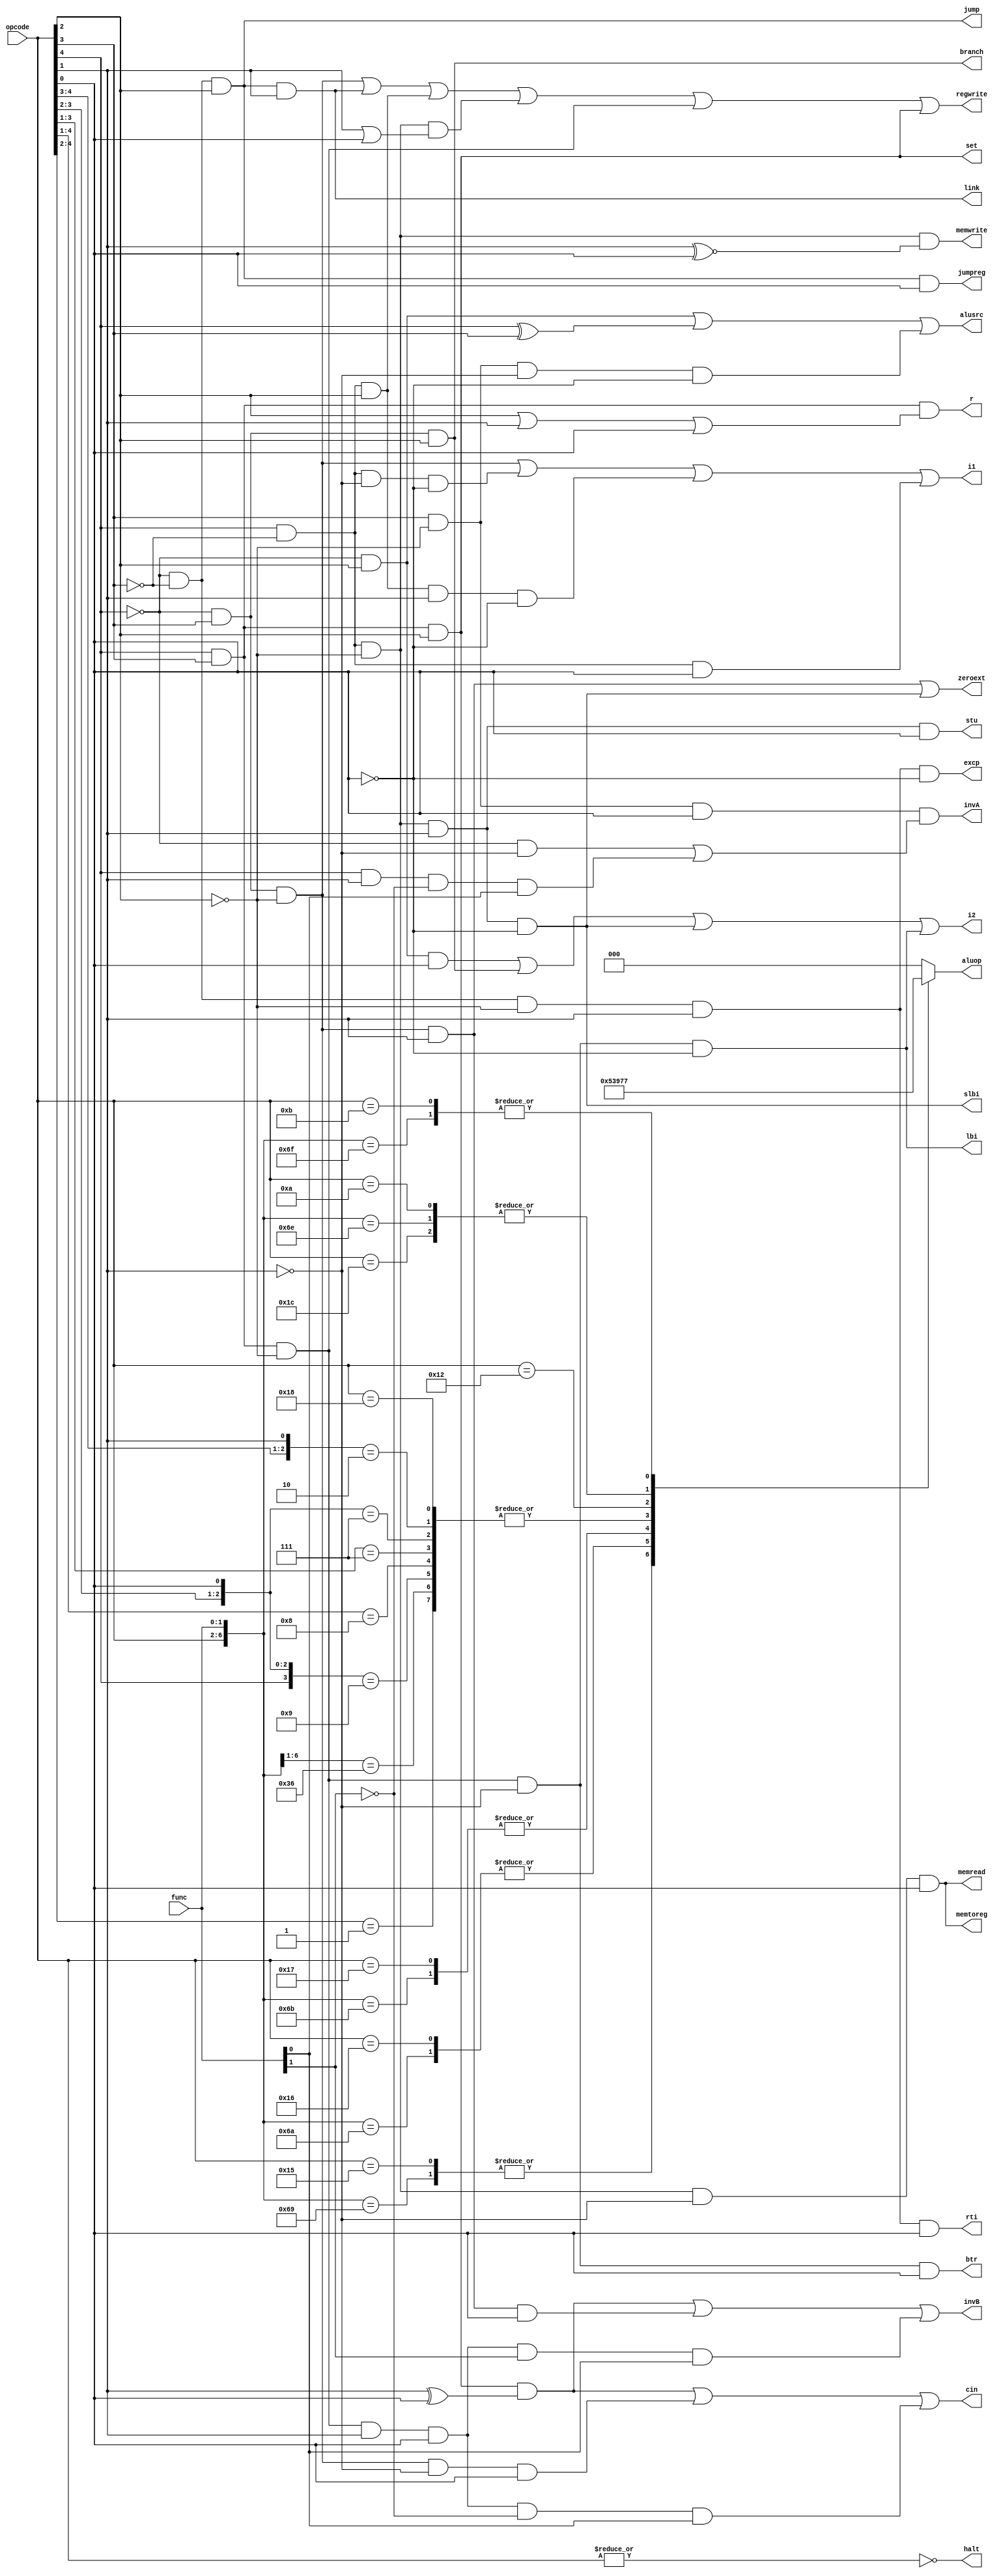
module control_unit(opcode, func,  aluop, alusrc, branch, jump, i1, i2, r, jumpreg, set, btr, regwrite, memwrite, memread, memtoreg, invA, invB, cin, excp, zeroext, halt, slbi, link, lbi, stu, rti);
    input [4:0] opcode;
    input [1:0] func;
    output alusrc, branch, jump, i1, i2, r, jumpreg, set, btr, regwrite, memwrite, memread, memtoreg, invA, invB, cin, excp, zeroext, halt, slbi, link, lbi, stu, rti;
    output [2:0] aluop;

    wire A, B, C, D, E, nA, nB, nC, nD, nE;

    reg [2:0] alu_op_reg;
    assign aluop = alu_op_reg;

    assign A = opcode[4];
    assign B = opcode[3];
    assign C = opcode[2];
    assign D = opcode[1];
    assign E = opcode[0]; 
    assign F = func[1];
    assign G = func[0];
    assign nA = ~A;
    assign nB = ~B;
    assign nC = ~C;
    assign nD = ~D;
    assign nE = ~E;
    assign nF = ~F;
    assign nG = ~G;

    assign alusrc = ((nA & C) |
                    (A ^ B) |
                    (B & nC & nD & nE));

    assign branch = (nA & B & C);
    
    assign jump = (nA & nB & C);

    assign i1 = ((nA & B & nC) | 
                (A & nB & nD & nE) |
                (A & nB & C & D & nE) |
                (A & nB & E));

    assign i2 = ((nA & C & E) |
                (nA & B & C) |
                (A & nB & nC & D & nE) |
                (A & B & nC & nD & nE));

    assign r = (A & B & (C | D | E)); 

    assign jumpreg = (nA & nB & C & E);

    assign set = (A & B & C);

    assign btr = (A & B & nC & nD & E);

    assign regwrite = ((nA & B & nC) | 
                      (nA & nB & C & D) |  
                      (A & nB & C) | 
                      (A & nB & nC & (D | E)) |
                      (A & B & nC) | 
                      (A & B & C));

    assign memwrite = ((A & nB & nC) &
                      (D ~^ E));

    assign memread = (A & nB & nC & nD & E);

    assign memtoreg = (A & nB & nC & nD & E);
    
    assign regdst = ((nA & B & nC) |
                    (A & nB & nD & nE) |
                    (A & nB & C & D & nE) |
                    (A & nB & E));
    
    // subi, sub
    assign invA = ((B & nC & E) &
                   ((nA & nD) |
                    (A & D & nF & G)));

    // andni, andn, slt sle
    assign invB = ((A & B & C & (D ^ E)) | (nA & B & nC & D & E) | (A & B & nC & D & E & F & G)); 
 
    // slt, sle, subi, sub
    assign cin = ((A & B & C & (D ^ E)) | (nA & B & nC & nD & E) | (A & B & nC & D & E & nF & G));
    
    assign excp = (nA & nB & nC & D & nE);

    assign zeroext = ((nA & B & nC & D) | slbi);

    assign halt = (~(|opcode));

    assign slbi = (A & nB & nC & D & nE);

    assign link = (nA & nB & C & D);

    assign lbi = (A & B & nC & nD & nE);

    assign stu = (A & nB & nC & D & E);

    assign rti = (nA & nB & nC & D & E);

    always @(*) begin
        casex({opcode, func})
            // 000: rotate left
                7'b10100xx, 7'b1101000: alu_op_reg <= 3'b000;
            // 001: shift left
                7'b10101xx, 7'b1101001: alu_op_reg <= 3'b001;
            // 010: rotate right
                7'b10110xx, 7'b1101010: alu_op_reg <= 3'b010;
            // 011: shift right logical
                7'b10111xx, 7'b1101011: alu_op_reg <= 3'b011;
            // 100: ADD
                7'b11000xx, 7'b01x0xxx, 7'bx11x1xx, 7'bx111xxx, 7'b1000xxx, 7'b100x1xx, 7'b110110x, 7'b001xxxx: alu_op_reg <= 3'b100;     
            // 101: OR
                7'b10010xx: alu_op_reg <= 3'b101;
            // 110: XOR
                7'b01010xx, 7'b1101110, 7'b11100xx: alu_op_reg <= 3'b110;
            // 111: AND
                7'b01011xx, 7'b1101111: alu_op_reg <= 3'b111;
                default: alu_op_reg <= 3'b000;
        endcase
    end 
  
endmodule